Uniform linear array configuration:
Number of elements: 16
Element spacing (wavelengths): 1
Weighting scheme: binomial
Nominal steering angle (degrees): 0
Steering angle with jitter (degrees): -1.652
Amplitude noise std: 0.05
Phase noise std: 0.05

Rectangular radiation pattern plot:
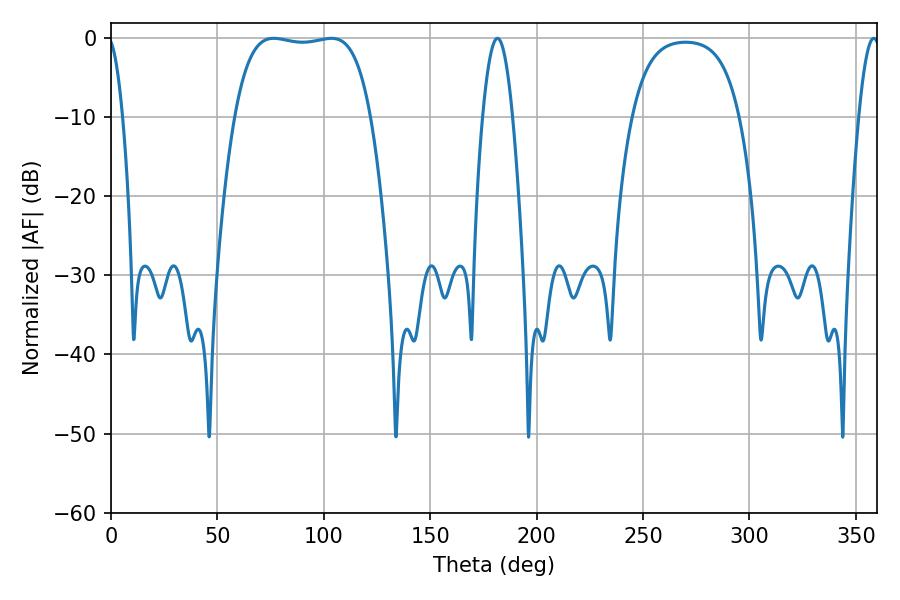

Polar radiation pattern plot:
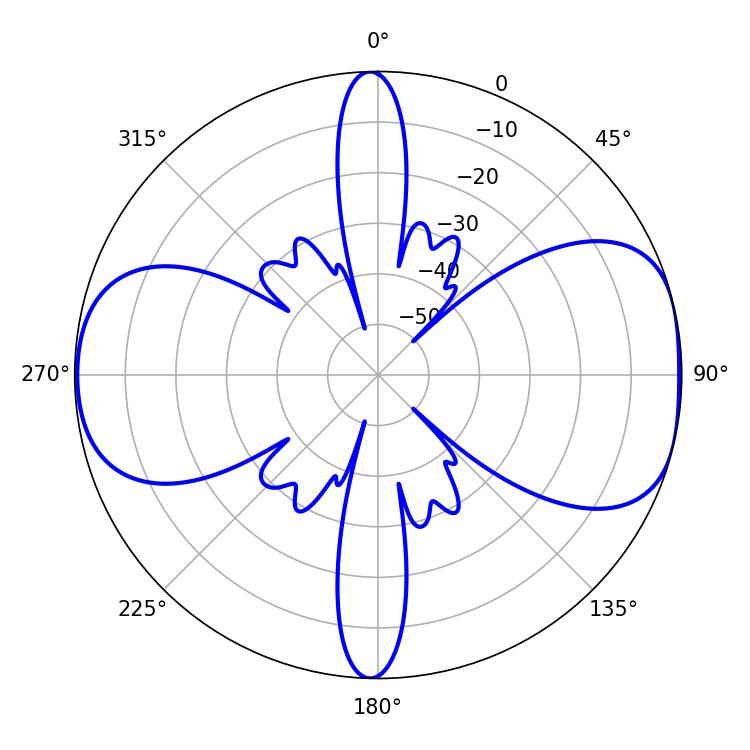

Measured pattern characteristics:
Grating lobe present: TRUE
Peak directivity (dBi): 8.298
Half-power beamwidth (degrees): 50.4
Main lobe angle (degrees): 103.5